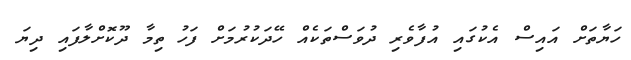
ހަޔާތަށް އައިސް އެކުގައި އުފާވެރި ދުވަސްތަކެއް ހޭދަކުރުމަށް ފަހު ތިމާ ދޫކޮށްލާފައި ދިޔަ